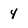
Character: 4